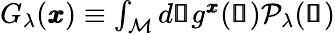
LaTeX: \begin{array}{r}{G_{\lambda}(\pmb{x})\equiv\int_{\mathcal{M}}d\pmb{\mathscr{s}}g^{\pmb{x}}(\pmb{\mathscr{s}})\mathcal{P}_{\lambda}(\pmb{\mathscr{s}})}\end{array}